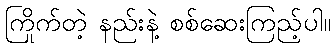
ကြိုက်တဲ့ နည်းနဲ့ စစ်ဆေးကြည့်ပါ။